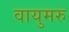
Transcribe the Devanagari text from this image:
वायुमरु